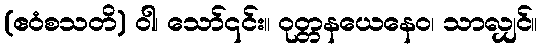
(ဧဝံစသတိ) ဝါ၊ သော်၎င်း။ ဝုတ္တနယေနေဝ၊ သာလျှင်။